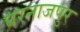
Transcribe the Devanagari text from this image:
घरनाजपुर